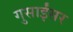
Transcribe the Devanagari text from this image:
गुसाईंसर